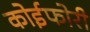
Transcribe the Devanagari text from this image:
कोईफोरी